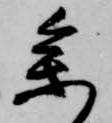
参